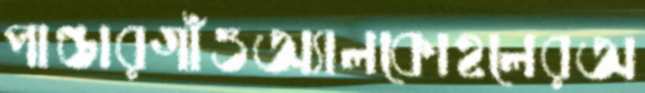
পাণ্ডারগাঁওঅ্যালকোহলেরঅ